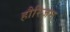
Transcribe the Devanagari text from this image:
हौरिज़न